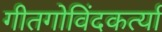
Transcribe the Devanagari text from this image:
गीतगोविंदकर्त्या